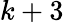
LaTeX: k+3